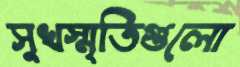
সুখস্মৃতিগুলো